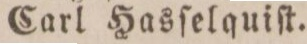
Carl Hasſelquiſt.